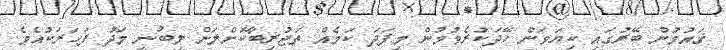
ޤައުމުން ބޭރުގައި ކިޔަވަން ހޭދަކުރެވުމުން މިފަދަ ކަމެއް ތަޖުރިބާކޮށްލަން ލިބުނީ މަދު ފަހަރަކުއެވެ.